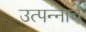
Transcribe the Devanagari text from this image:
उत्‍पन्‍नाचे